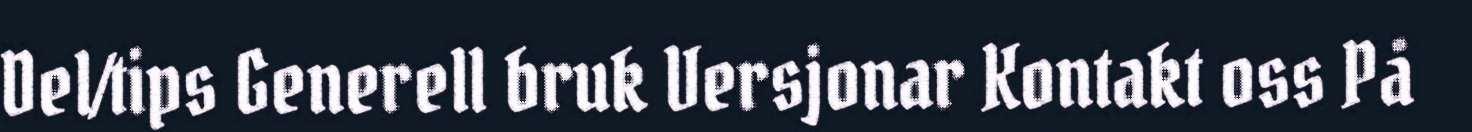
Del/tips Generell bruk Versjonar Kontakt oss På